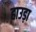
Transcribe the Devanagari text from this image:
हाउड़ा